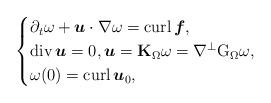
LaTeX: \begin{align*}\begin{cases}\partial_t \omega + \boldsymbol u\cdot \nabla \omega = {\mathrm{curl}\,}\boldsymbol f,\\{\mathrm{div}\,}\boldsymbol u=0,\boldsymbol u=\boldsymbol{\mathrm{K}}_\Omega\omega=\nabla^{\perp}\mathrm{G}_{\Omega} \omega,\\\omega(0)={\mathrm{curl}\,}\boldsymbol u_0,\end{cases}\end{align*}